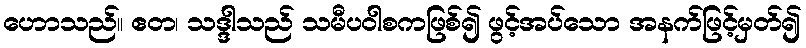
ဟောသည်။ ဧတ၊ သဒ္ဒါသည် သမီပဝါစကဖြစ်၍ ဖွင့်အပ်သော အနက်ဖြင့်မှတ်၍